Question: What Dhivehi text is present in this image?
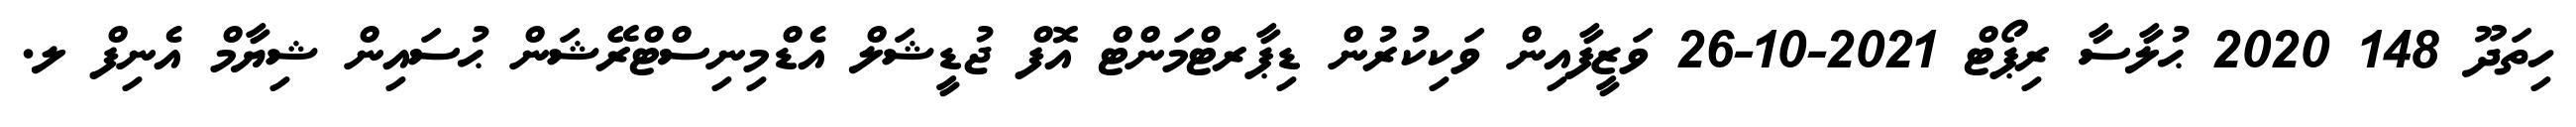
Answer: ހިތަދޫ 148 2020 ޙުލާސާ ރިޕޯޓް 2021-10-26 ވަޒީފާއިން ވަކިކުރުން ޑިޕާރޓްމަންޓް އޮފް ޖުޑީޝަލް އެޑްމިނިސްޓްރޭޝަން ޙުސައިން ޝިޔާމް އެނިފް ލ.